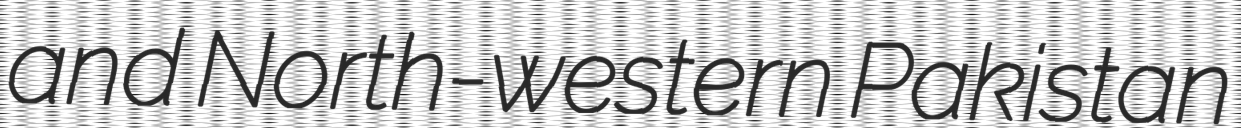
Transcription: and North-western Pakistan